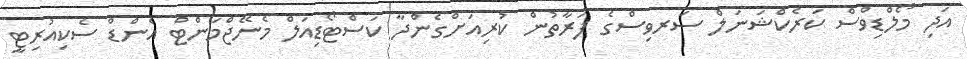
އަދި މޯލްޑިވްސް ކަރެކްޝަނަލް ސަރވިސްގެ ފަރާތުން ކުރިއަށްގެންދާ ކަސްޓޯޑިއަލް މެނޭޖްމަންޓް އެންޑް ސެކިއުރިޓީ